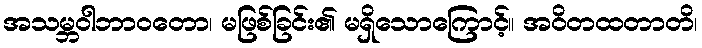
အသမ္ဘဝါဘာဝတော၊ မဖြစ်ခြင်း၏ မရှိသောကြောင့်။ အဝိတထတာတိ၊